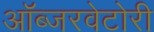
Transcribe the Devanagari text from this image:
ऑब्जरवेटोरी